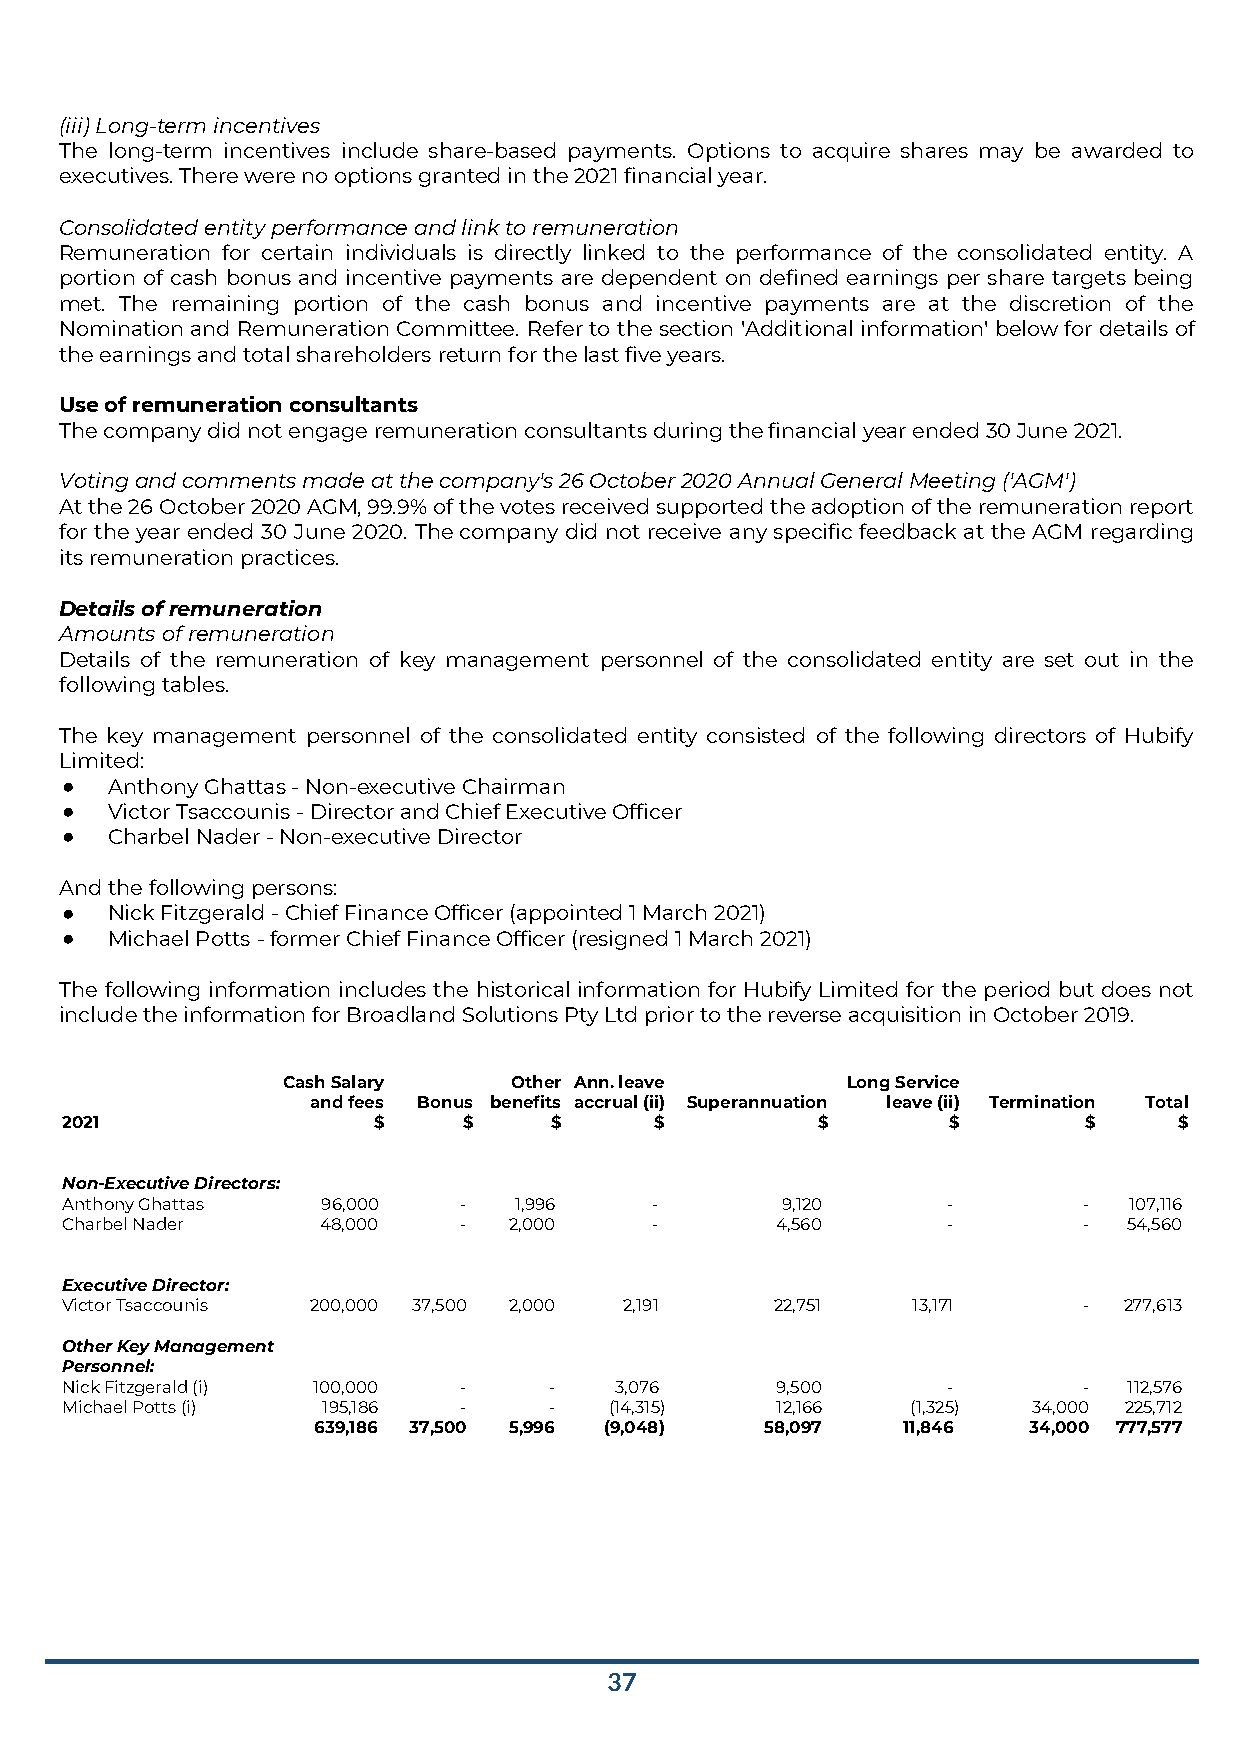
(iii)Long-term incentives
 The long-term incentives include share-based payments. Options to acquire shares may be awarded to
 executives. There were no options granted in the 2021 financial year.
 Consolidated entity performance and link to remuneration
 Remuneration for certain individuals is directly linked to the performance of the consolidated entity. A
 portion of cash bonus and incentive payments are dependent on defined earnings per share targets being
 met. The remaining portion of the cash bonus and incentive payments are at the discretion of the
 Nomination and Remuneration Committee. Refer to the section 'Additional information' below for details of
 the earnings and total shareholders return for the last five years.
 Use of remuneration consultants
 The company did not engage remuneration consultants during the financial year ended 30 June 2021.
 Voting and comments made at the company's 26 October 2020 Annual General Meeting ('AGM')
 At the 26 October 2020 AGM, 99.9% of the votes received supported the adoption of the remuneration report
 for the year ended 30 June 2020. The company did not receive any specific feedback at the AGM regarding
 its remuneration practices.
 Details of remuneration
 Amounts of remuneration
 Details of the remuneration of key management personnel of the consolidated entity are set out in the
 following tables.
 The key management personnel of the consolidated entity consisted of the following directors of Hubify
 Limited:
 ●  Anthony Ghattas - Non-executive Chairman
 ●  Victor Tsaccounis - Director and Chief Executive Officer
 ●  Charbel Nader - Non-executive Director
 And the following persons:
 ●  Nick Fitzgerald - Chief Finance Officer (appointed 1 March 2021)
 ●  Michael Potts - former Chief Finance Officer (resigned 1 March 2021)
 The following information includes the historical information for Hubify Limited for the period but does not
 include the information for Broadland Solutions Pty Ltd prior to the reverse acquisition in October 2019.
 Cash Salary    Other Ann. leave      Long Service
 and fees Bonus benefits accrual (ii) Superannuation leave (ii) Termination Total
 2021                 $     $    $      $          $        $        $     $
 Non-Executive Directors:
 Anthony Ghattas  96,000   -   1,996    -        9,120      -        -  107,116
 Charbel Nader    48,000   -   2,000    -       4,560       -        -  54,560
 Executive Director:
 Victor Tsaccounis 200,000 37,500 2,000 2,191   22,751   13,171      - 277,613
 Other Key Management
 Personnel:
 Nick Fitzgerald (i) 100,000 -   -    3,076     9,500       -        -  112,576
 Michael Potts (i) 195,186 -     -   (14,315)   12,166   (1,325) 34,000 225,712
 639,186 37,500 5,996 (9,048)  58,097   11,846  34,000 777,577
 37